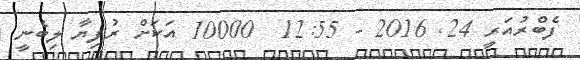
ފެބްރުއަރީ 24